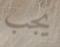
يجب